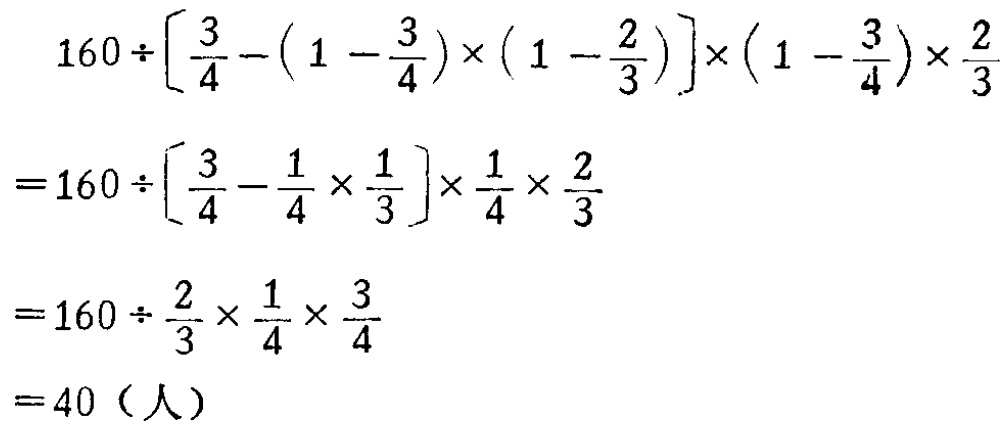
\[

\begin{align*}

&160\div\left[\frac{3}{4}-\left(1 - \frac{3}{4}\right)\times\left(1 - \frac{2}{3}\right)\right]\times\left(1 - \frac{3}{4}\right)\times\frac{2}{3}\\

=&160\div\left[\frac{3}{4}-\frac{1}{4}\times\frac{1}{3}\right]\times\frac{1}{4}\times\frac{2}{3}\\

=&160\div\frac{2}{3}\times\frac{1}{4}\times\frac{3}{4}\\

=&40（人）

\end{align*}

\]